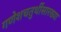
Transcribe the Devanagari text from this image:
गणेशचतुर्थीसारख्या